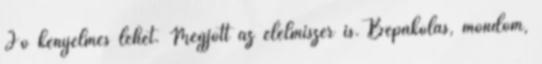
Jó kényelmes lehet. Megjött az élelmiszer is. Bepakolás, mondom,